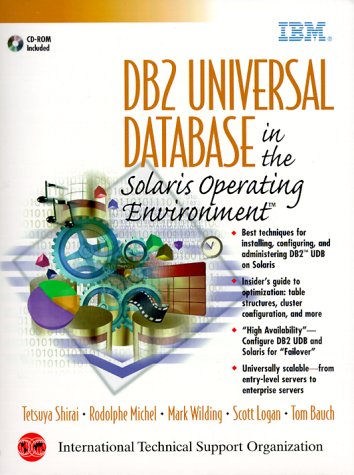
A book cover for DB2 Universal Database in the Solaris Operating Environment; Tetsuya Shirai; Computers & Technology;